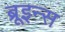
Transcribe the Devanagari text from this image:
ब्रूइन्स